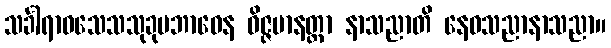
သင်္ခါရာဝသေသသုခုမဘာဝေန ဝိဇ္ဇမာနတ္တာ နာသညာတိ နေဝသညာနာသညာ။